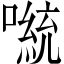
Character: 𫫴